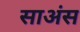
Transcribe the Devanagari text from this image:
साअंस